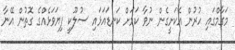
މަގާމްގައި ހުރުން އެކަށީގެން ނުވާ ކަމަށް ކަނޑައަޅައި ސުލޫކީ ފިޔަވަޅެއްގެ ގޮތުން އޭނާ